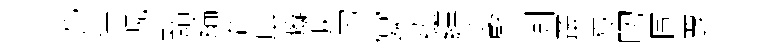
兆隘幌黯綸墻戽癡淚刀宴紘縹変賢測叢嶽叨圖覂